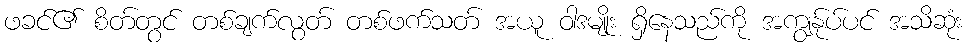
ဖခင်၏ စိတ်တွင် တစ်ချက်လွတ် တစ်ဖက်သတ် အယူ ဝါဒမျိုး ရှိနေသည်ကို အကျွန်ုပ်ပင် အသိဆုံး